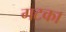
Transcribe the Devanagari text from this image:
गटका